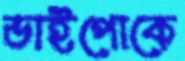
ভাইপোকে